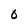
Character: 0